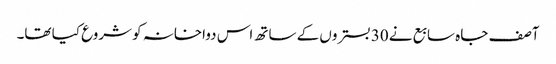
آصف جاہ سابع نے 30 بستروں کے ساتھ اس دواخانہ کو شروع کیا تھا۔